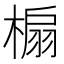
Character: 㮼